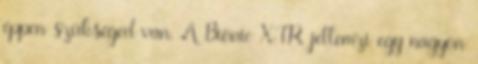
éppen szükséged van. A Bionic XTR jellemzi egy nagyon